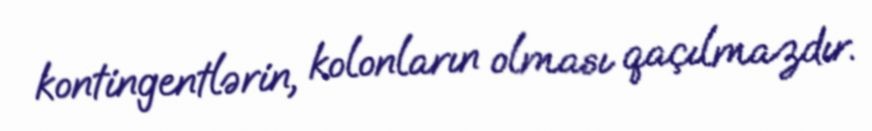
kontingentlərin, kolonların olması qaçılmazdır.